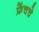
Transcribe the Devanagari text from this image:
फ्रेंचचे